Leaving Certificate Examination, 1903
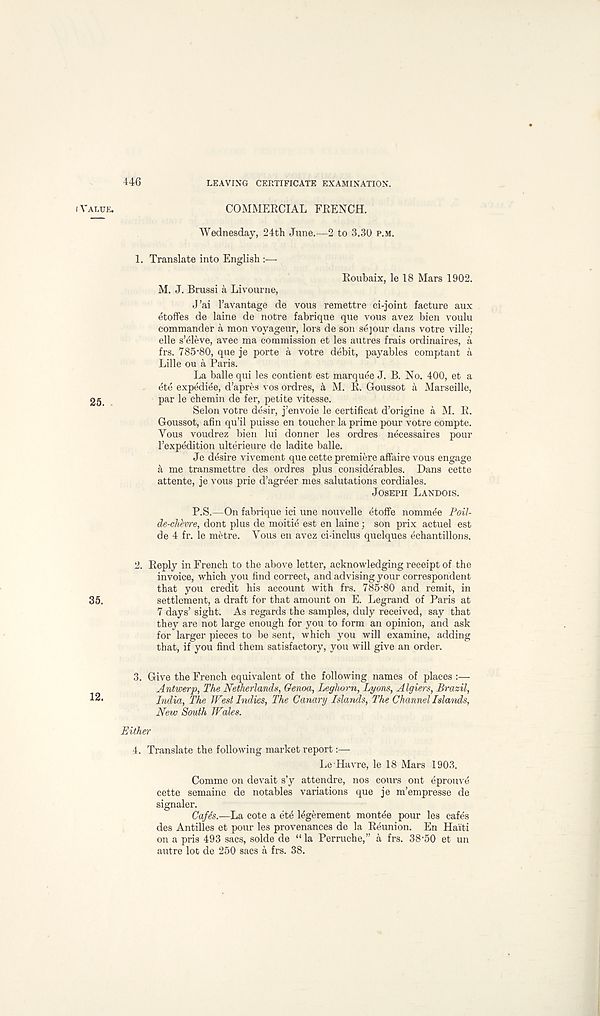
446
LEAVING CERTIFICATE EXAMINATION.
i VALUE.
COMMERCIAL FRENCH.
Wednesday, 24th June.—2 to 3.30 P.M.
1. Translate into English :—
Roubaix, le 18 Mars 1902.
M. J. Brussi a Livourne,
J’ai 1’avantage de vous remettre ci-joint facture aux
etoffes de laine de notre fabrique que vous avez bien voulu
commander a mon voyageur, lors de son sejour dans votre ville;
elle s’eleve, avec ma commission et les autres frais ordinaires, a
frs. 785‘80, que je porte a votre debit, payables comptant a
Lille ou a Paris.
La balle qui les contient est marquee J. B. No. 400, et a
ete expedite, d’apres vos ordres, k M. R. Goussot a Marseille,
2g
par le chemin de fer, petite vitesse.
Selon votre desir, j’envoie le certificat d’origine a M. R.
Goussot, afin qu’il puisse en toucher la prime pour votre compte.
Vous voudrez bien lui donner les ordres necessaires pour
I’expedition ulterieure de ladite balle.
Je desire vivement que cette premiere affaire vous engage
a me transmettre des ordres plus considerables. Dans cette
attente, je vous prie d’agreer mes salutations cordiales.
JOSEPH LANDOIS.
P.S.—On fabrique ici une nouvelle etoffe nommee Poil-
de-chhvre, dont plus de moitie est en laine; son prix actuel est
de 4 fr. le metre. Vous en avez ci-inclus quelques echantillons.
2. Reply in French to the above letter, acknowledging receipt of the
invoice, which you find correct, and advising your correspondent
that you credit his account with frs. 785-80 and remit, in
35.
settlement, a draft for that amount on E. Legrand of Paris at
7 days’ sight. As regards the samples, duly received, say that
they are not large enough for you to form an opinion, and ask
for larger pieces to be sent, which you will examine, adding
that, if you find them satisfactory, you will give an order.
3.
Give the French equivalent of the
Antwerp, The Netherlands, Genoa, Leghorn, Lyons, Algiers, Brazil,
India, The West Indies, The Canary Islands, The Channel Islands,
New South Wales.
Either
4.
Translate the following market repo
Le Havre, le 18 Mars 1903.
Comme on devait s’y attendre, nos cours ont eprouve
cette semaine de notables variations que je m’empresse de
signaler.
Cafes.—La cote a ete legerement montee pour les cafes
des Antilles et pour les provenances de la Reunion. En Haiti
on a pris 493 sacs, solde de “ la Perruche,” a frs. 38-50 et un
autre lot de 250 sacs a frs. 38.